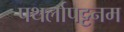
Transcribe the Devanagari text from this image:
पथर्लापट्टनम